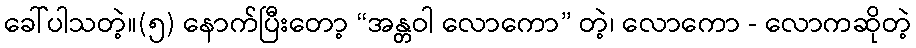
ခေါ်ပါသတဲ့။(၅) နောက်ပြီးတော့ “အန္တဝါ လောကော” တဲ့၊ လောကော - လောကဆိုတဲ့